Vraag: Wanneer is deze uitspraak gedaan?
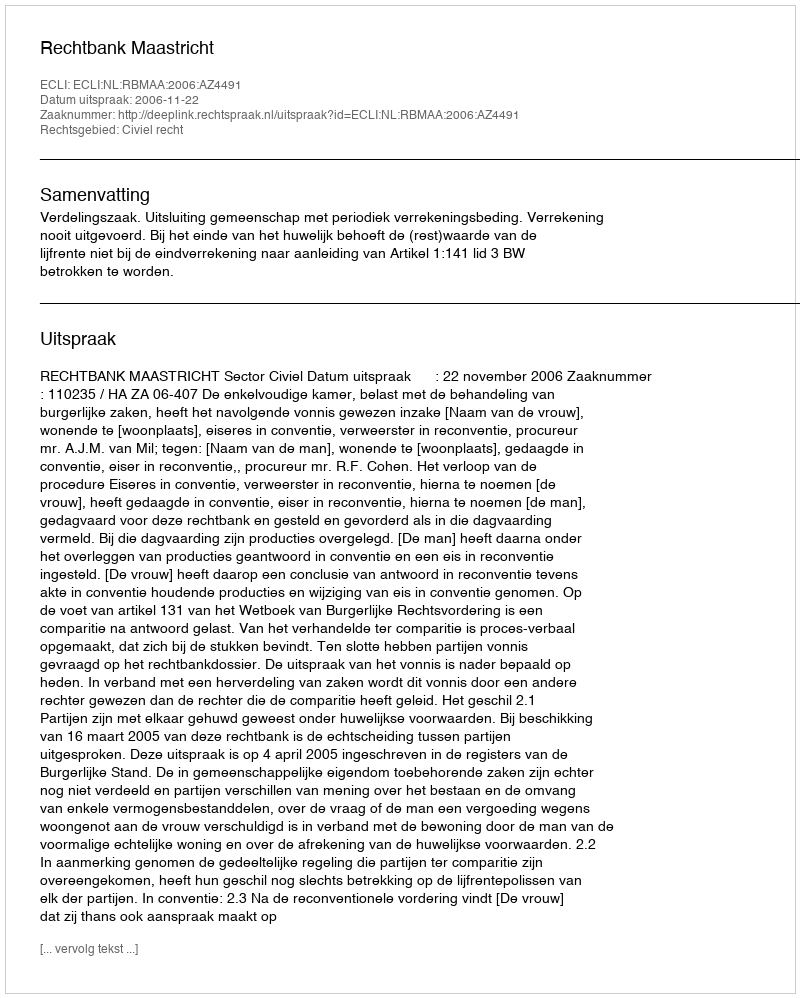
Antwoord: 2006-11-22